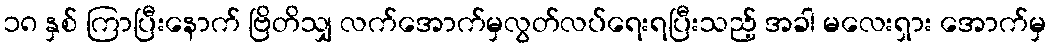
၁၈ နှစ် ကြာပြီးနောက် ဗြိတိသျှ လက်အောက်မှလွတ်လပ်ရေးရပြီးသည့် အခါ မလေးရှား အောက်မှ